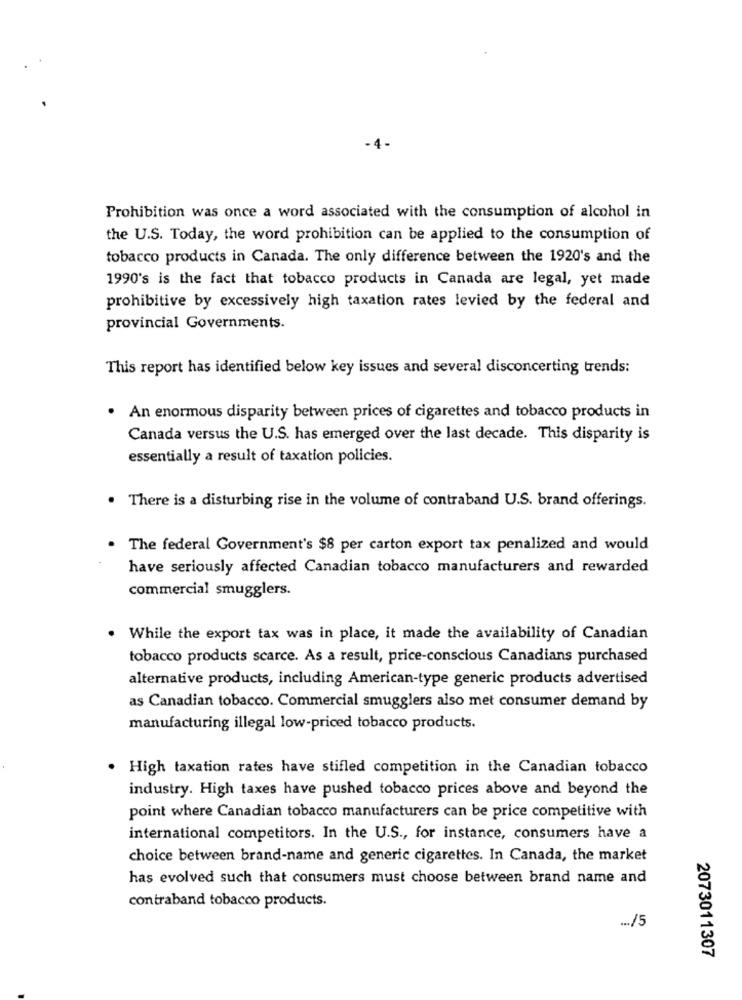
Prohibition was once a word associated with the consumption of alcohol in
the U.S. Today, the word prohibition can be applied to the consumption of
tobacco products in Canada. The only difference between the 1920's and the
1990's is the fact that tobacco products in Canada are legal, yet made
prohibitive by excessively high taxation rates levied by the federal and
provincial Governments.
This report has identified below key issues and several disconcerting trends:
An enormous disparity between prices of cigarettes and tobacco products in
Canada versus the U.S. has emerged over the last decade. This disparity is
essentially a result of taxation policies.
There is a disturbing rise in the volume of contraband U.S. brand offerings.
The federal Government's $8 per carton export tax penalized and would
have seriously affected Canadian tobacco manufacturers and rewarded
commercial smugglers.
While the export tax was in place, it made the availability of Canadian
tobacco products scarce. As a result, price-conscious Canadians purchased
alternative products, including American-type generic products advertised
as Canadian tobacco. Commercial smugglers also met consumer demand by
manufacturing illegal low-priced tobacco products.
. High taxation rates have stifled competition in the Canadian tobacco
industry. High taxes have pushed tobacco prices above and beyond the
point where Canadian tobacco manufacturers can be price competitive with
international competitors. In the U.S ., for instance, consumers have a
choice between brand-name and generic cigarettes. In Canada, the market
has evolved such that consumers must choose between brand name and
contraband tobacco products.
... /5
2073011307